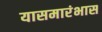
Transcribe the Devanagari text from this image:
यासमारंभास